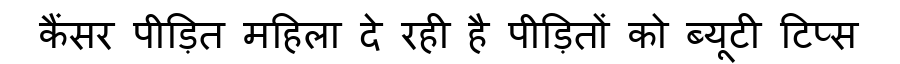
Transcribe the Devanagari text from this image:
कैंसर पीड़ित महिला दे रही है पीड़ितों को ब्यूटी टिप्स